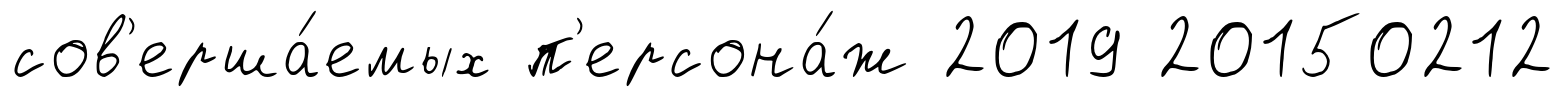
сов'ерша́емых п'ерсона́ж 2019 20150212